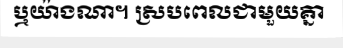
ឬយ៉ាងណា។ ស្របពេលជាមួយគ្នា